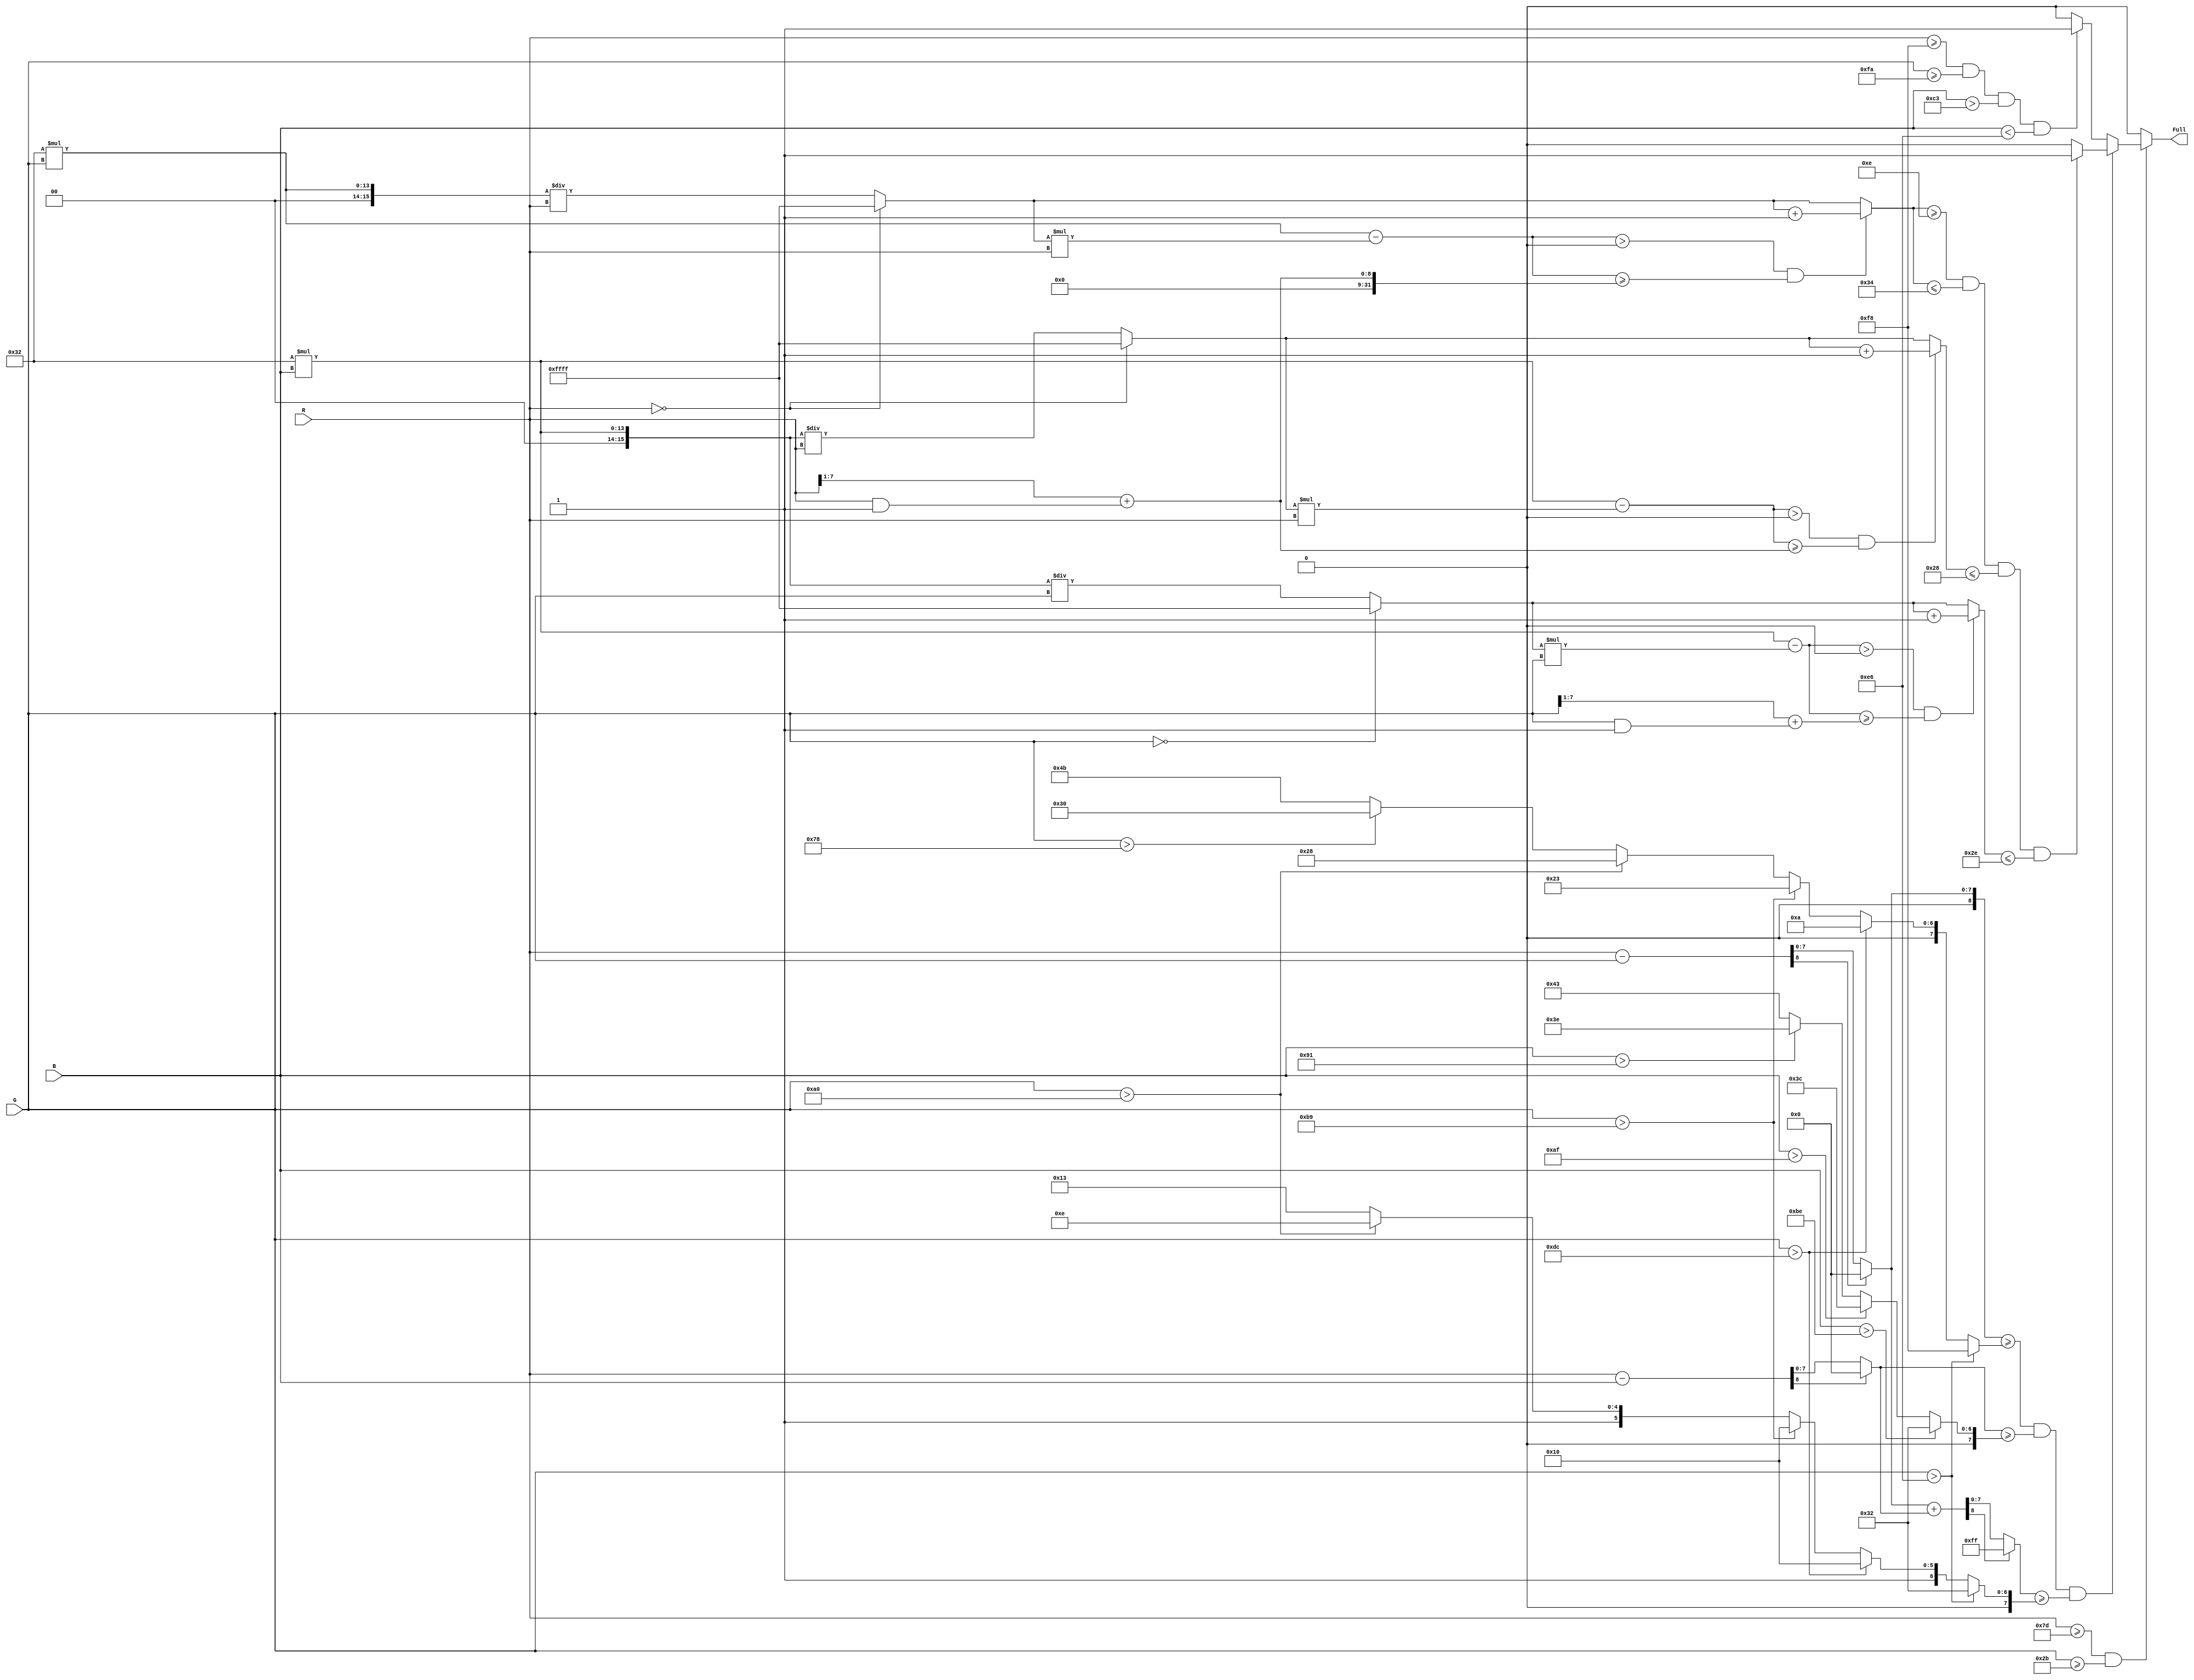

`timescale 1 ns / 1 ns

module Full
          (
           R,
           G,
           B,
           Full
          );

  input   [7:0] R;  // uint8
  input   [7:0] G;  // uint8
  input   [7:0] B;  // uint8
  output  Full;

  reg  Full_1;
  reg signed [7:0] dRG_1;  // int8
  reg [7:0] dRGdBR_1;  // uint8
  reg [7:0] dRB_1;  // uint8
  reg [15:0] X_2;  // uint16
  reg [15:0] Y_2;  // uint16
  reg [15:0] Z_1;  // uint16
  reg [7:0] dRG_tmp_1;  // uint8
  reg [7:0] dRB_tmp_1;  // uint8
  reg [7:0] dRGdBR_tmp_1;  // uint8
  reg [15:0] y_3;  // uint16
  reg [15:0] y_0_1;  // uint16
  reg [15:0] y_1_1;  // uint16
  reg [15:0] x_3;  // uint16
  reg [15:0] x_0_1;  // uint16
  reg [15:0] x_1_1;  // uint16
  reg [15:0] div_temp_2;  // ufix16
  reg [15:0] div_temp_0_1;  // ufix16
  reg [15:0] div_temp_1_1;  // ufix16
  reg signed [8:0] sub_temp_1;  // sfix9
  reg signed [8:0] sub_temp_0_1;  // sfix9
  reg [8:0] add_temp_1;  // ufix9
  reg [23:0] mul_temp_1;  // ufix24
  reg [15:0] sub_cast_2;  // uint16
  reg [23:0] mul_temp_0_1;  // ufix24
  reg [15:0] sub_cast_0_1;  // uint16
  reg [15:0] sub_cast_1_1;  // uint16

  always @(R, G, B) begin
    Full_1 = 1'b0;
    //--------------------RG
    if (G > 230) begin //235
      dRG_1 = -8;
      dRGdBR_1 = 50;
    end
    else if (G > 220) begin
      dRG_1 = 10;
      dRGdBR_1 = 80;
    end
    else if (G > 185) begin
      dRG_1 = 35;
      dRGdBR_1 = 80;
    end
    else if (G > 160) begin
      dRG_1 = 40;
      dRGdBR_1 = 110;
    end
    else if (G > 120) begin
      dRG_1 = 48;
      dRGdBR_1 = 115;
    end
    else begin
      dRG_1 = 75;
      dRGdBR_1 = 115;
    end
    //--------------------RG
    //--------------------RB
    if (B > 190) begin
      dRB_1 = 50;
    end
    else if (B > 175) begin
      dRB_1 = 60;
    end
    else if (B > 145) begin
      dRB_1 = 62;
    end
    else begin
      dRB_1 = 67;
    end
    //--------------------RB
    if ((R >= 125) && (G >= 43)) begin // 130_45
      sub_temp_1 = R - G;
      if (sub_temp_1[8] == 1'b1) begin
        dRG_tmp_1 = 0;
      end
      else begin
        dRG_tmp_1 = sub_temp_1[7:0];
      end
       sub_temp_0_1 = R - B;
      if (sub_temp_0_1[8] == 1'b1) begin
        dRB_tmp_1 = 0;
      end
      else begin
        dRB_tmp_1 = sub_temp_0_1[7:0];
      end
       add_temp_1 = dRG_tmp_1 + dRB_tmp_1;
      if (add_temp_1[8] != 1'b0) begin
        dRGdBR_tmp_1 = 255;
      end
      else begin
        dRGdBR_tmp_1 = add_temp_1[7:0];
      end
       if ((($signed({1'b0, dRG_tmp_1}) >= dRG_1) && (dRB_tmp_1 >= dRB_1)) && (dRGdBR_tmp_1 >= dRGdBR_1)) begin
        y_3 = 50 * $signed({1'b0, G});
        if (R == 0) begin
          div_temp_2 = 65535;
        end
        else begin
          div_temp_2 = y_3 / R;
        end
        X_2 = div_temp_2;
        mul_temp_1 = X_2 * R;
        sub_cast_2 = mul_temp_1;
        x_3 = y_3 - sub_cast_2;
        if ((x_3 > 0) && ($signed({1'b0, x_3}) >= ((R >> 1) + (R & 1)))) begin
          X_2 = X_2 + 1;
        end
        y_0_1 = 50 * $signed({1'b0, B});
        if (R == 0) begin
          div_temp_0_1 = 65535;
        end
        else begin
          div_temp_0_1 = y_0_1 / R;
        end
        Y_2 = div_temp_0_1;
        mul_temp_0_1 = Y_2 * R;
        sub_cast_0_1 = mul_temp_0_1;
        x_0_1 = y_0_1 - sub_cast_0_1;
        if ((x_0_1 > 0) && ($signed({1'b0, x_0_1}) >= ((R >> 1) + (R & 1)))) begin
          Y_2 = Y_2 + 1;
        end
        y_1_1 = 50 * $signed({1'b0, B});
        if (G == 0) begin
          div_temp_1_1 = 65535;
        end
        else begin
          div_temp_1_1 = y_1_1 / G;
        end
        Z_1 = div_temp_1_1;
        sub_cast_1_1 = Z_1 * G;
        x_1_1 = y_1_1 - sub_cast_1_1;
        if ((x_1_1 > 0) && ($signed({1'b0, x_1_1}) >= ((G >> 1) + (G & 1)))) begin
          Z_1 = Z_1 + 1;
        end
        if ((((X_2 >= 14) && (X_2 <= 52)) && (Y_2 <= 40)) && (Z_1 <= 46)) begin
          Full_1 = 1'b1;
        end
      end
      else if ((((R >= 248) && (G >= 250)) && (B > 195)) && (B < 230)) begin
        Full_1 = 1'b1;
      end
    end
  end

  assign Full = Full_1;

endmodule  // MATLAB_Function